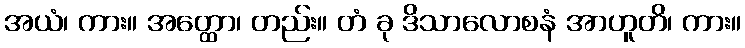
အယံ၊ ကား။ အတ္ထော၊ တည်း။ တံ ခု ဒိသာလောစနံ အာဟူတိ၊ ကား။